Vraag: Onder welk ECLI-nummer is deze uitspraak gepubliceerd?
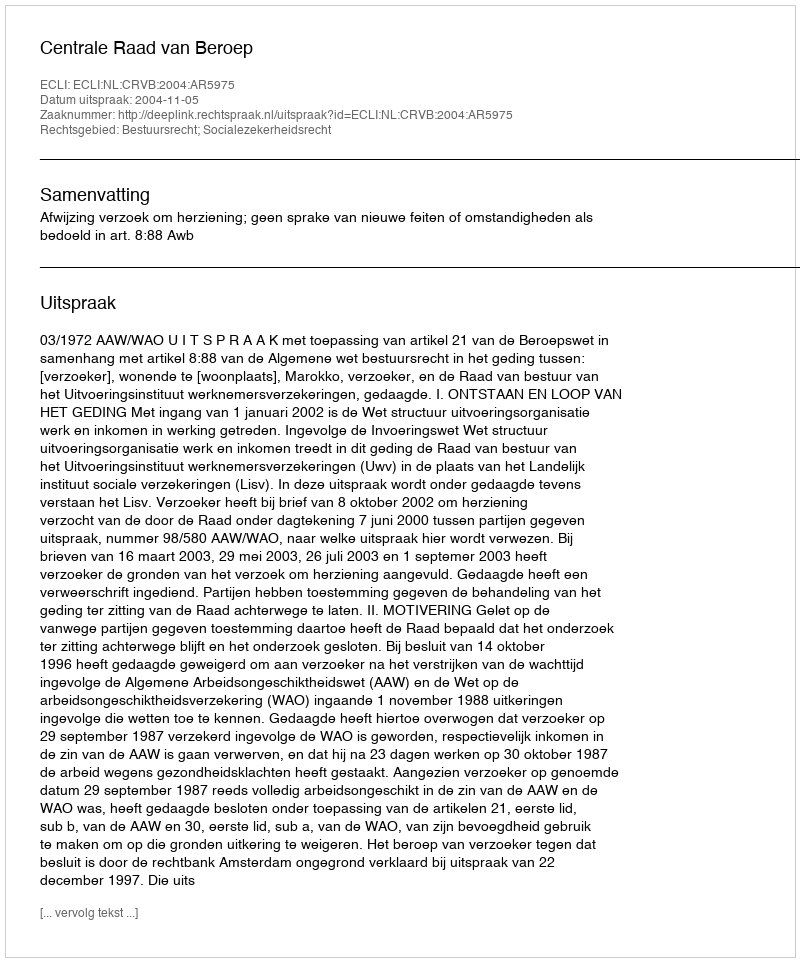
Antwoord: ECLI:NL:CRVB:2004:AR5975